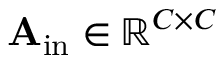
\mathbf { A } _ { \mathrm { i n } } \in \mathbb { R } ^ { C \times C }